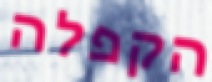
הקפלה